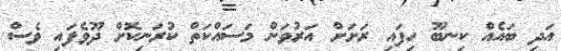
އަދި ބައެއް ކިނބޫ ހިފައި ރަށަށް އަރުވަން މަސައްކަތް ކުރަނިކޮށް ދޫވެފައި ވެސް